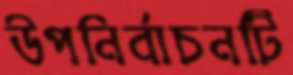
উপনির্বাচনটি